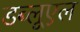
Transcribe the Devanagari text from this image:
डब्लूएल